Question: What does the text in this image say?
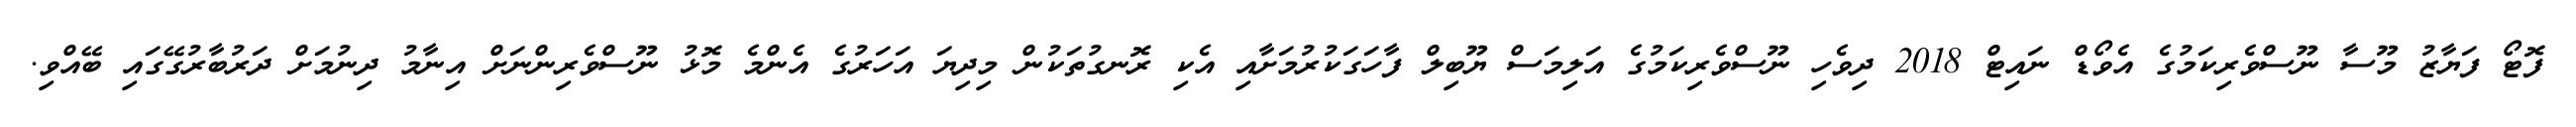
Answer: ފޮޓޯ ފަޔާޒު މޫސާ ނޫސްވެރިކަމުގެ އެވޯޑް ނައިޓް 2018 ދިވެހި ނޫސްވެރިކަމުގެ އަލިމަސް ޔޫބިލް ފާހަގަކުރުމަށާއި އެކި ރޮނގުތަކުން މިދިޔަ އަހަރުގެ އެންމެ މޮޅު ނޫސްވެރިންނަށް އިނާމު ދިނުމަށް ދަރުބާރުގޭގައި ބޭއްވި.